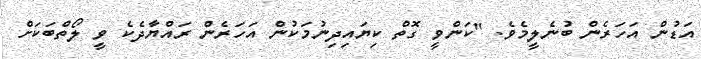
އަޑުން އަހަރެން ބުނެލީމެވެ. "ކަންވީ ގޮތް ކިޔައިދިނުމަކުން އަހަރެން ރައްޔާދެކެ ވީ ލޯތްބަކަށް